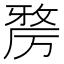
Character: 𭆑